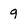
Character: 9